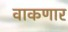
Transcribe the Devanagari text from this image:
वाकणार